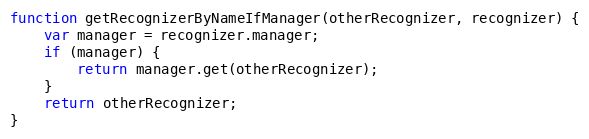
Language: JavaScript
function getRecognizerByNameIfManager(otherRecognizer, recognizer) {
    var manager = recognizer.manager;
    if (manager) {
        return manager.get(otherRecognizer);
    }
    return otherRecognizer;
}